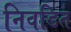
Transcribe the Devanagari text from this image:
निवडित